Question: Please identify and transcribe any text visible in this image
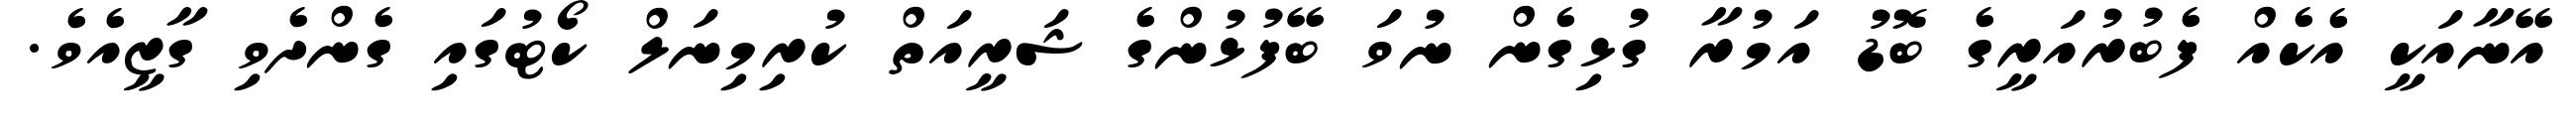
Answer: އޭނާއަކީ އެކެއް ފެބުރުއަރީގެ ބޮޑު އަމުރާ ގުޅިގެން ނުވަ ބޭފުޅުންގެ ޝަރީއަތް ކުރިމިނަލް ކޯޓުގައި ގެންދެވި ގާޒީއެވެ.